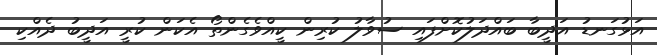
އަޅުގަނޑު އަދީބާ ބައްދަލުކޮށްފައި ސުވާލު ކުރިން ކީއްވެގެންތޯ އެކަން ކުރީ އަދީބު ދެއްކި